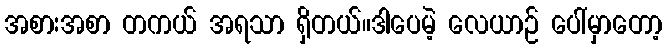
အစားအစာ တကယ် အရသာ ရှိတယ်။ဒါပေမဲ့ လေယာဉ် ပေါ်မှာတော့